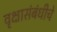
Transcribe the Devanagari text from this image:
वृक्षासंबंधीचे